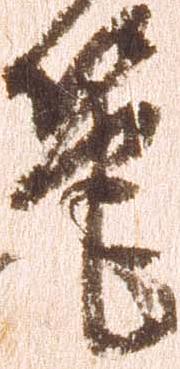
筆